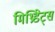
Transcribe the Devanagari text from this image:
मिथ्रिडेट्स